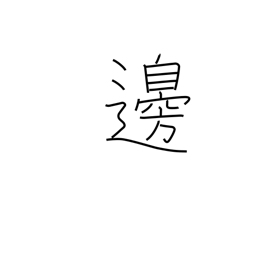
Meaning: margin